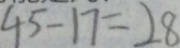
4 5 - 1 7 = 2 8